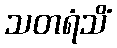
သတရံသိံ